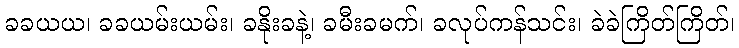
ခခယယ၊ ခခယမ်းယမ်း၊ ခနိုးခနဲ့၊ ခမီးခမက်၊ ခလုပ်ကန်သင်း၊ ခဲခဲကြိတ်ကြိတ်၊